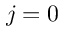
j = 0